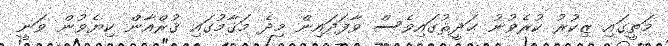
މަތީގައި ޒިކުރު ކުރެވުނު ޙަދީޘުގައިވެސް ވާފަދައިން މިދެ މަޤާމުގައި ޤުރްއާން ކިޔެވުން ވަނީ